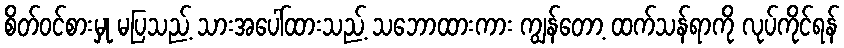
စိတ်ဝင်စားမှု မပြသည့် သားအပေါ်ထားသည့် သဘောထားကား ကျွန်တော့ ထက်သန်ရာကို လုပ်ကိုင်ရန်